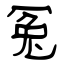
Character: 冤